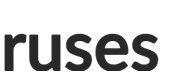
ruses